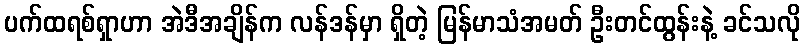
ပက်ထရစ်ရှာဟာ အဲဒီအချိန်က လန်ဒန်မှာ ရှိတဲ့ မြန်မာသံအမတ် ဦးတင်ထွန်းနဲ့ ခင်သလို